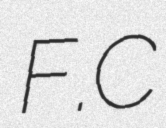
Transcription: F.C